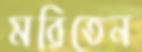
মরিতেন